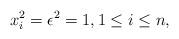
LaTeX: \begin{align*} x_i^2 = \epsilon^2 = 1, 1 \leq i \leq n,\end{align*}